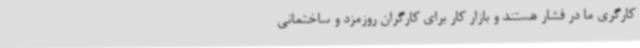
کارگری ما در فشار هستند و بازار کار برای کارگران روزمزد و ساختمانی